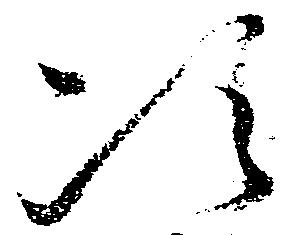
次